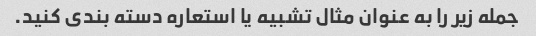
جمله زیر را به عنوان مثال تشبیه یا استعاره دسته بندی کنید.